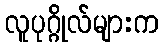
လူပုဂ္ဂိုလ်များက